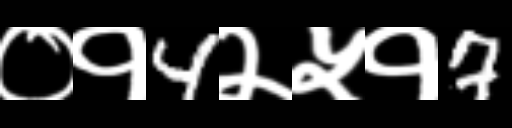
Text: ०१4२५१7